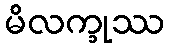
မိလက္ခုဿ